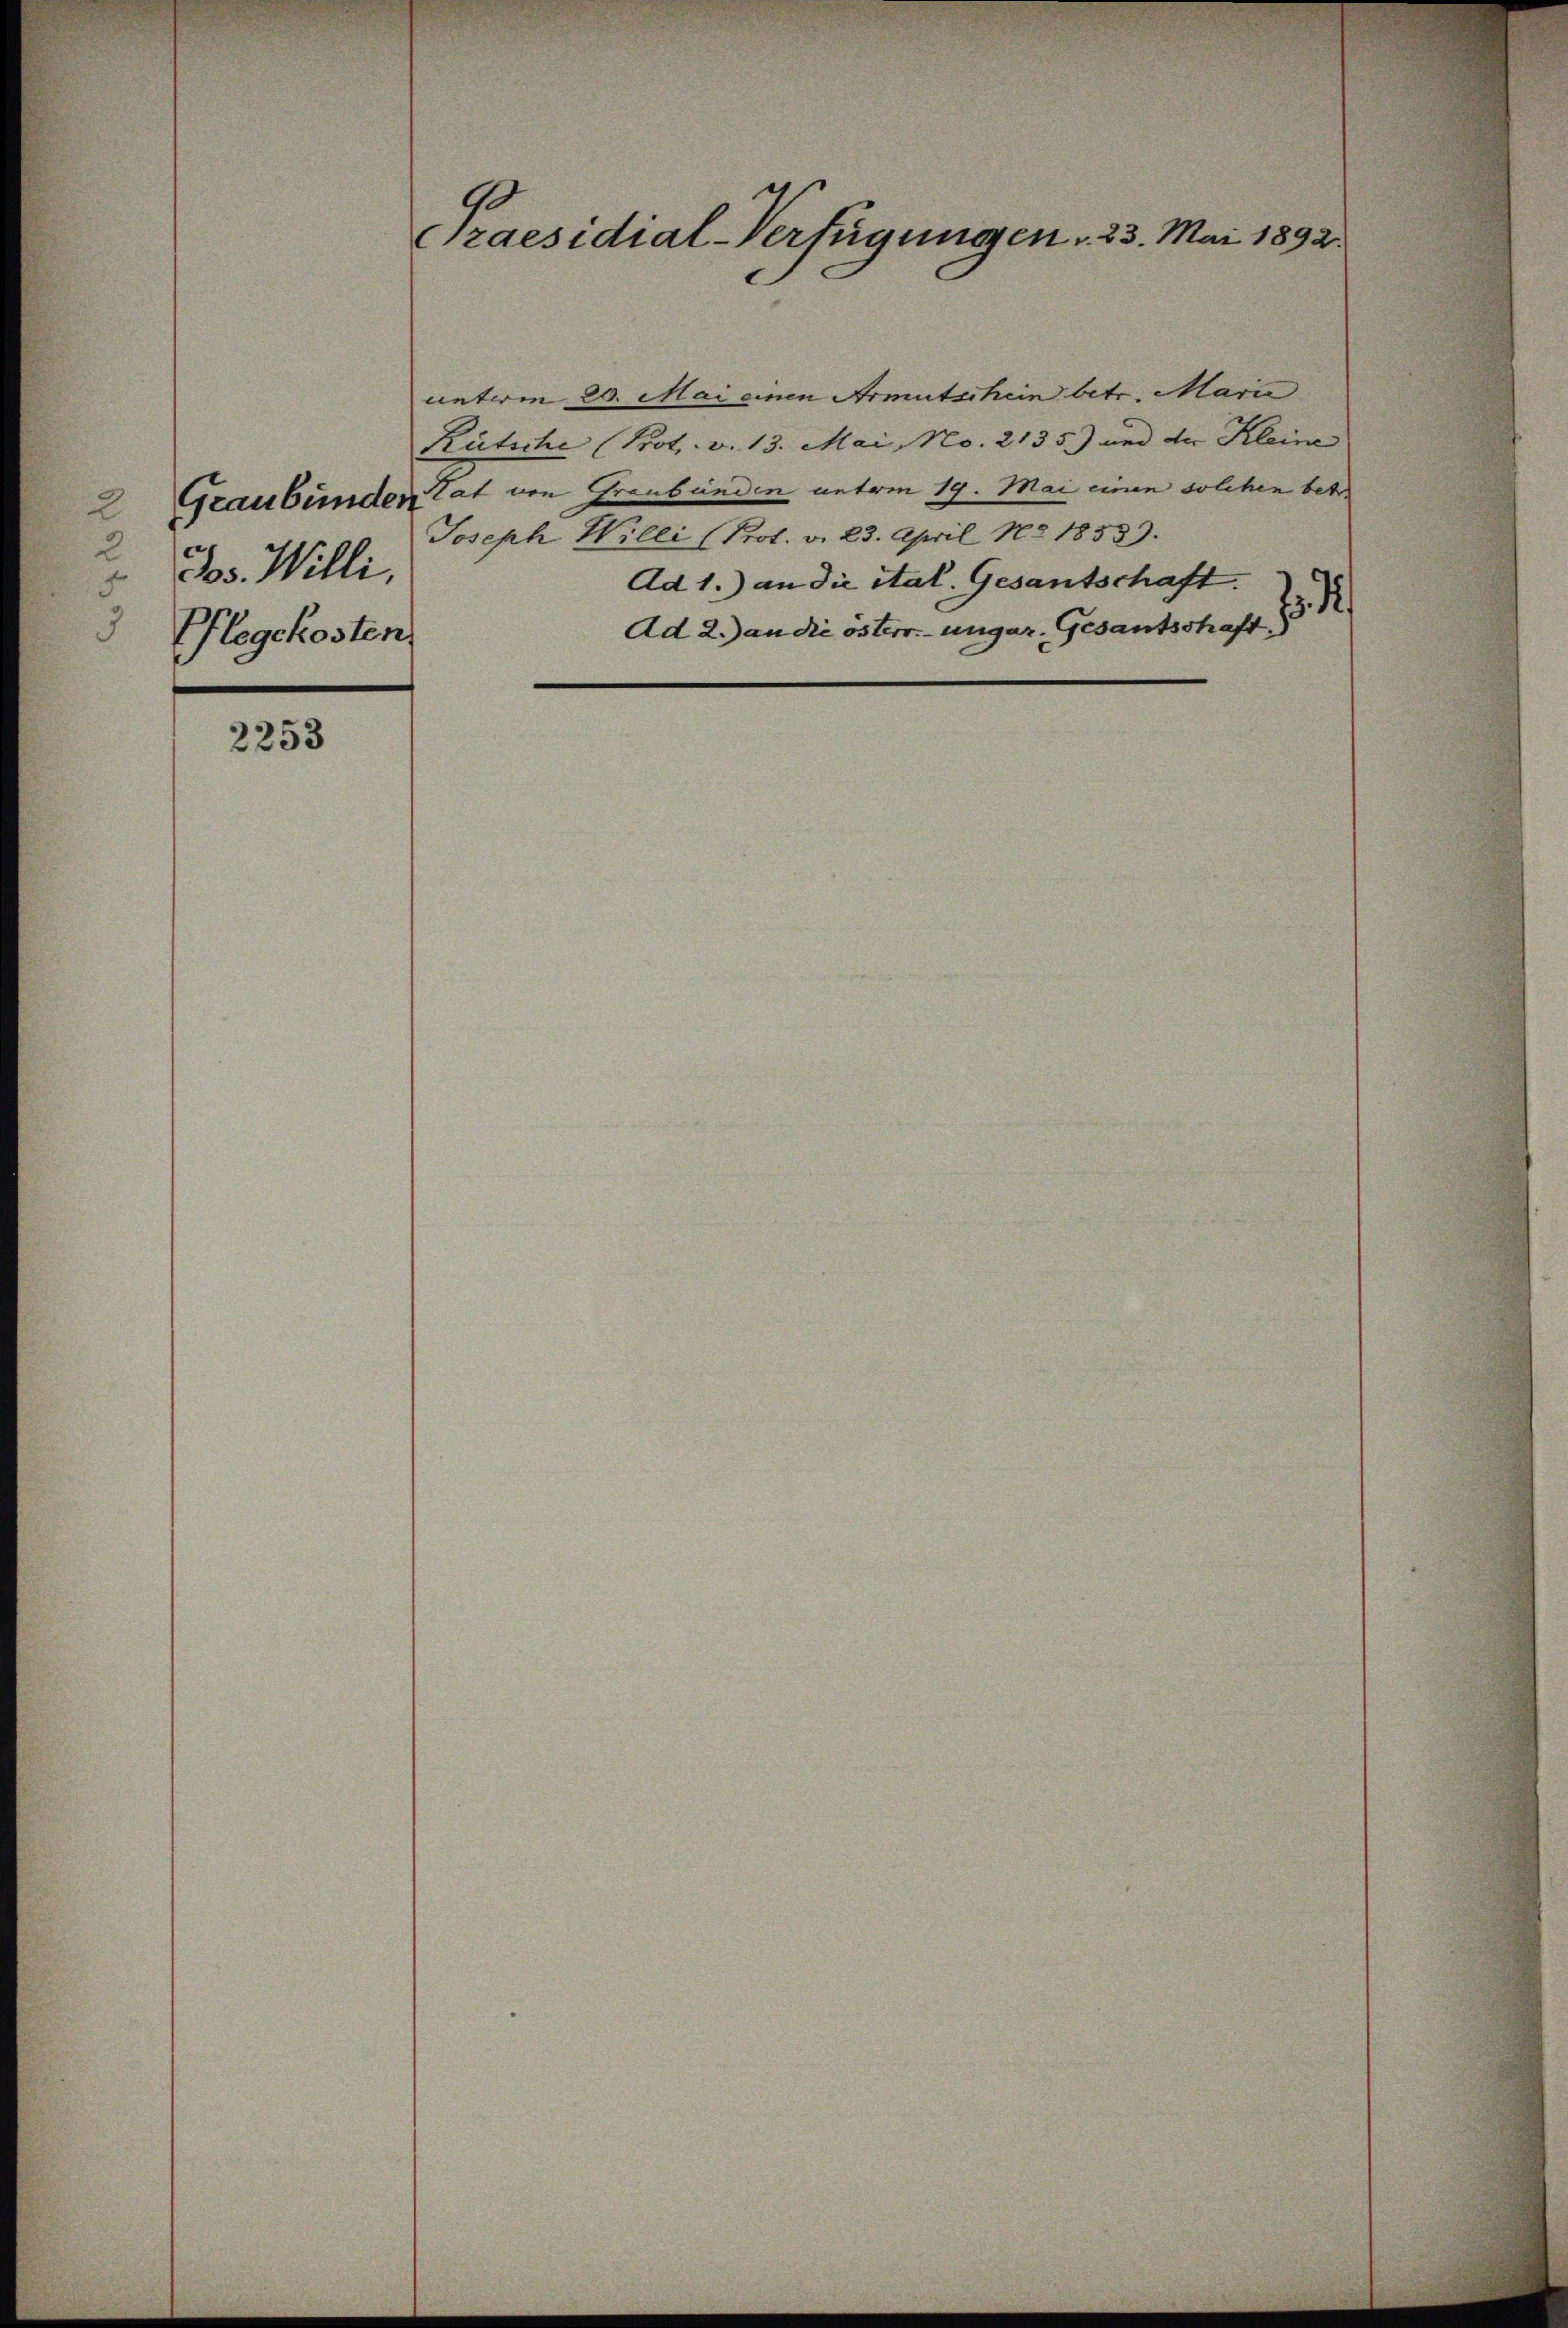
Graubünden
2
2
Jos. Willi.
5
Plegekosten.

2253

Praesidial-Verfügungen. 23. Mai 1892.

unterm 20. Mai einen Armutschein betr. Marie
Rütsche (Prot. v. 13. Mai, No. 2135) und die Kleine
Rat von Graubünden unterm 19. Mai einen solchen betr.
Joseph Willi (Prot. v. 23. April No 1858).
Ad 1.) an die ital. Gesantschaft.

Ad 2.) an die österr.-ungar. Gesantschaft.